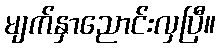
မျက်နှာညောင်းလှပြီ။